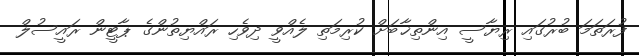
ފުރަތަމަ ބުރުގައި ރިޔާސީ އިންތިޚާބަށް ކުރިމަތި ލެއްވީ ދިވެހި ރައްޔިތުންގެ ޕާޓީން ރައީސުލް